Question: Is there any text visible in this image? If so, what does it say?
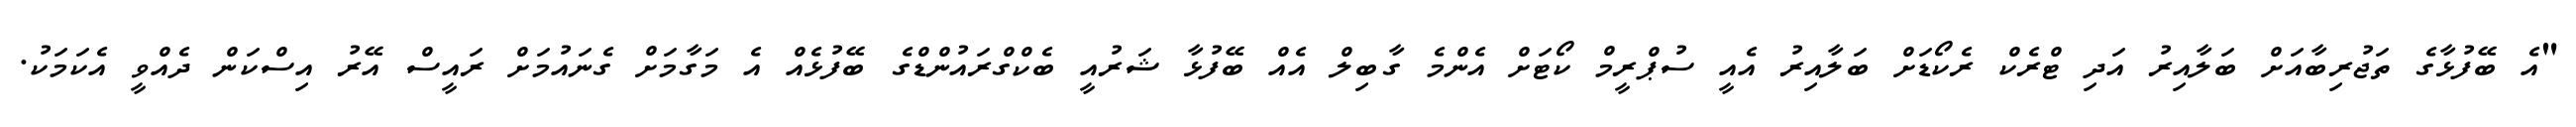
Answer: "އެ ބޭފުޅާގެ ތަޖުރިބާއަށް ބަލާއިރު އަދި ޓްރެކް ރެކޯޑަށް ބަލާއިރު އެއީ ސުޕްރީމް ކޯޓަށް އެންމެ ގާބިލް އެއް ބޭފުޅާ ޝަރުއީ ބެކްގްރައުންޑްގެ ބޭފުޅެއް އެ މަގާމަށް ގެނައުމަށް ރައީސް އޭރު އިސްކަން ދެއްވީ އެކަމަކު.